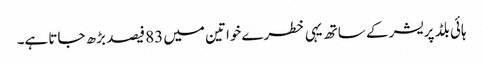
ہائی بلڈ پریشر کے ساتھ یہی خطرے خواتین میں 83 فیصد بڑھ جاتا ہے۔